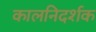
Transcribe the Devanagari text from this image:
कालनिदर्शक